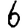
Digit: 6